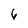
Character: 6